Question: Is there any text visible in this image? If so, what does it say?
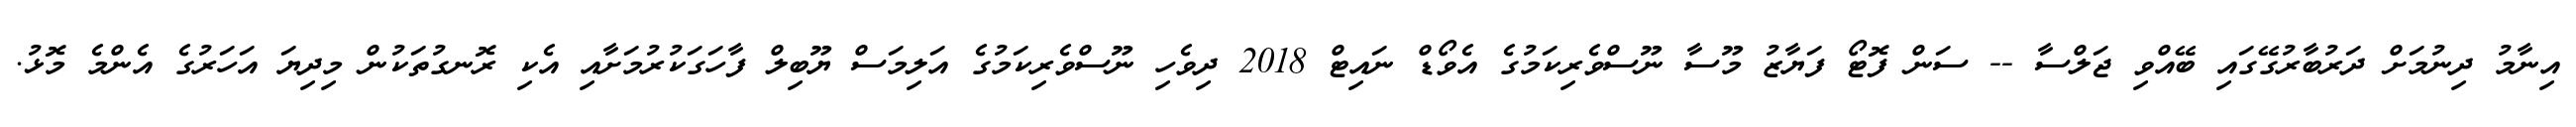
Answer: އިނާމު ދިނުމަށް ދަރުބާރުގޭގައި ބޭއްވި ޖަލްސާ -- ސަން ފޮޓޯ ފަޔާޒު މޫސާ ނޫސްވެރިކަމުގެ އެވޯޑް ނައިޓް 2018 ދިވެހި ނޫސްވެރިކަމުގެ އަލިމަސް ޔޫބިލް ފާހަގަކުރުމަށާއި އެކި ރޮނގުތަކުން މިދިޔަ އަހަރުގެ އެންމެ މޮޅު.